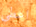
اعطي